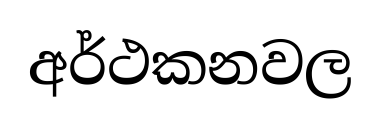
අර්ථකනවල